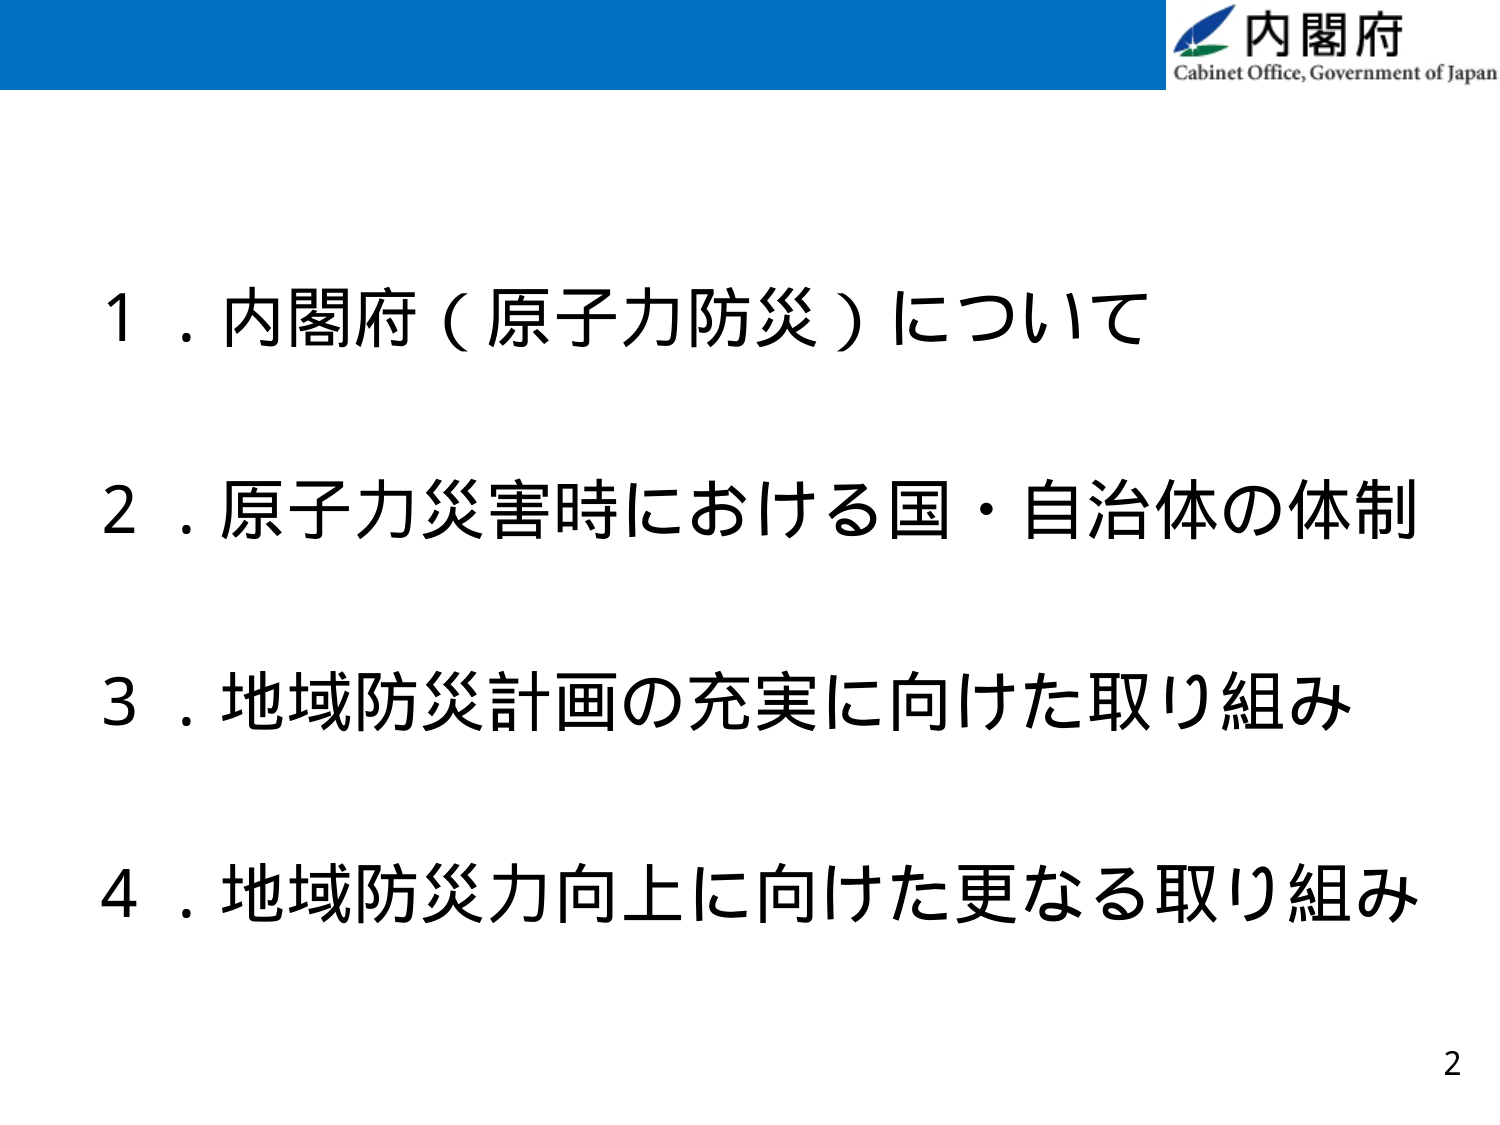
内閣府
Cabinet Office, Government of Japan

１．内閣府（原子力防災）について
２．原子力災害時における国・自治体の体制
３．地域防災計画の充実に向けた取り組み
４．地域防災力向上に向けた更なる取り組み

2